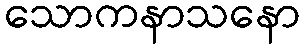
သောကနာသနော